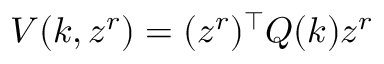
V ( k , z ^ { r } ) = ( z ^ { r } ) ^ { \top } Q ( k ) z ^ { r }